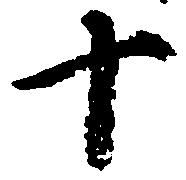
十